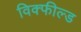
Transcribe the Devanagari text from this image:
विक्फील्ड